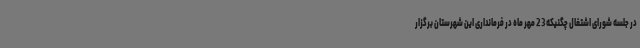
در جلسه شورای اشتغال چگنیکه 23 مهر ماه در فرمانداری این شهرستان برگزار